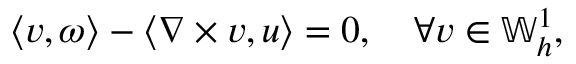
\left\langle v , \omega \right\rangle - \left\langle \nabla \times v , u \right\rangle = 0 , \quad \forall v \in \mathbb { W } _ { h } ^ { 1 } ,